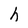
Character: h